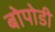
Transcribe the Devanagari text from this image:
बोपोडी